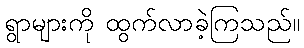
ရွာများကို ထွက်လာခဲ့ကြသည်။